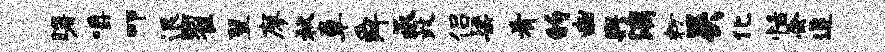
曙嚼叩退翟翌廖秋章舜承政侣梁肴的豳舆漓粉吴化恬会追